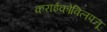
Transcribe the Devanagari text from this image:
कराईकोविलपत्तू